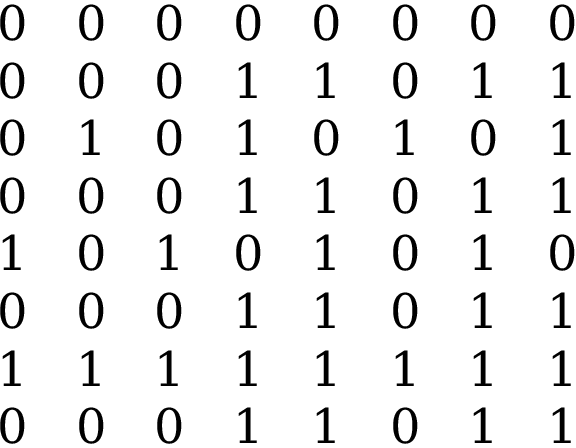
\begin{array} { c c c c c c c c } { 0 } & { 0 } & { 0 } & { 0 } & { 0 } & { 0 } & { 0 } & { 0 } \\ { 0 } & { 0 } & { 0 } & { 1 } & { 1 } & { 0 } & { 1 } & { 1 } \\ { 0 } & { 1 } & { 0 } & { 1 } & { 0 } & { 1 } & { 0 } & { 1 } \\ { 0 } & { 0 } & { 0 } & { 1 } & { 1 } & { 0 } & { 1 } & { 1 } \\ { 1 } & { 0 } & { 1 } & { 0 } & { 1 } & { 0 } & { 1 } & { 0 } \\ { 0 } & { 0 } & { 0 } & { 1 } & { 1 } & { 0 } & { 1 } & { 1 } \\ { 1 } & { 1 } & { 1 } & { 1 } & { 1 } & { 1 } & { 1 } & { 1 } \\ { 0 } & { 0 } & { 0 } & { 1 } & { 1 } & { 0 } & { 1 } & { 1 } \end{array}